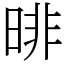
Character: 㫵